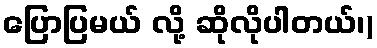
ပြောပြမယ် လို့ ဆိုလိုပါတယ်၊)